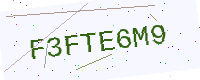
Text: F3FTE6M9